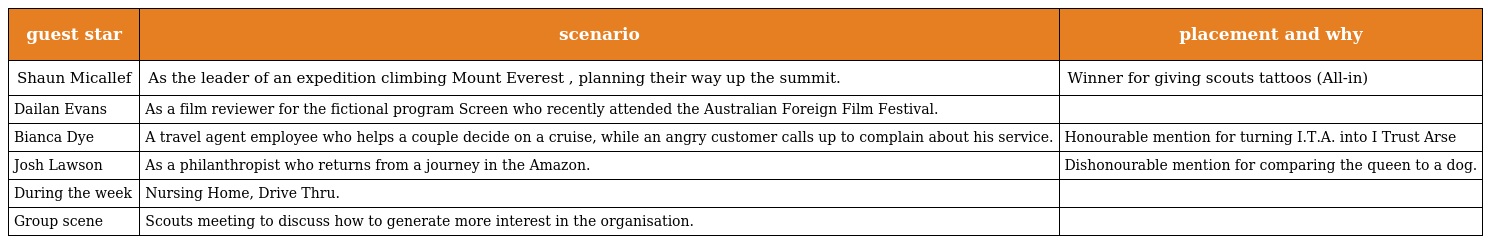
| guest star | scenario | placement and why |
 | --- | --- | --- |
 | Shaun Micallef | As the leader of an expedition climbing Mount Everest , planning their way up the summit. | Winner for giving scouts tattoos (All-in) |
 | Dailan Evans | As a film reviewer for the fictional program Screen who recently attended the Australian Foreign Film Festival. |  |
 | Bianca Dye | A travel agent employee who helps a couple decide on a cruise, while an angry customer calls up to complain about his service. | Honourable mention for turning I.T.A. into I Trust Arse |
 | Josh Lawson | As a philanthropist who returns from a journey in the Amazon. | Dishonourable mention for comparing the queen to a dog. |
 | During the week | Nursing Home, Drive Thru. |  |
 | Group scene | Scouts meeting to discuss how to generate more interest in the organisation. |  |